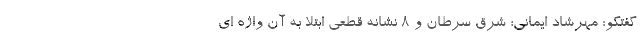
گفتگو: ‌مهرشاد ایمانی؛ شرق سرطان و 8 نشانه قطعی ابتلا به آن واژه ای